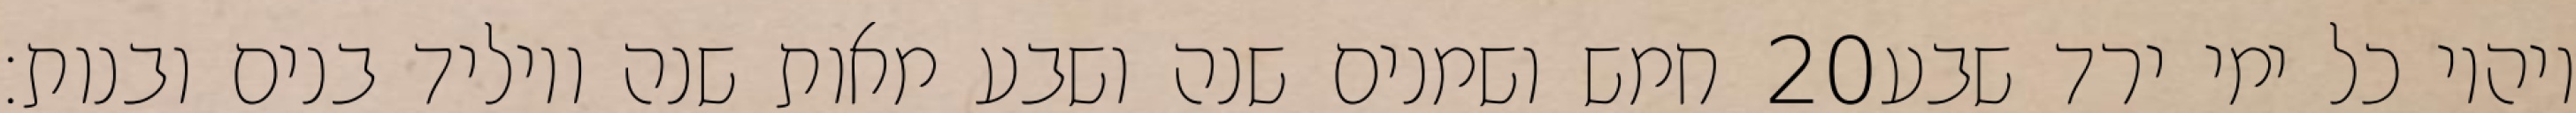
חמש ושמנים שנה ושבע מאות שנה ויוליד בנים ובנות׃ ‎20‏ ויהיו כל ימי ירד שבע